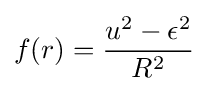
f(r)={u^{2}-\epsilon ^{2} \over R^{2}}